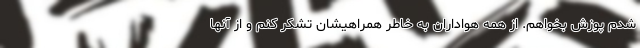
شدم پوزش بخواهم. از همه هواداران به خاطر همراهیشان تشکر کنم و از آنها